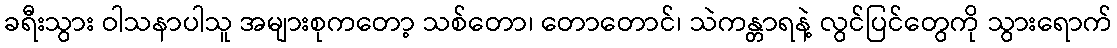
ခရီးသွား ဝါသနာပါသူ အများစုကတော့ သစ်တော၊ တောတောင်၊ သဲကန္တာရနဲ့ လွင်ပြင်တွေကို သွားရောက်